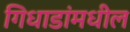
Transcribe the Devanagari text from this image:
गिधाडांमधील